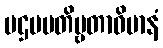
ပဌမပတိဗ္ဗတာဝိမာနံ